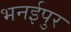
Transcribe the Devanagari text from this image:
भनईपुर